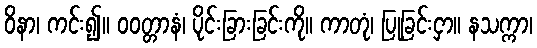
ဝိနာ၊ ကင်း၍။ ဝဝတ္တာနံ၊ ပိုင်းခြားခြင်းကို။ ကာတုံ၊ ပြုခြင်းငှာ။ နသက္ကာ၊